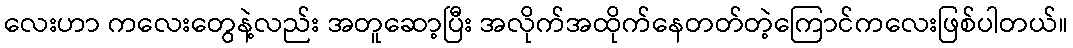
လေးဟာ ကလေးတွေနဲ့လည်း အတူဆော့ပြီး အလိုက်အထိုက်နေတတ်တဲ့ကြောင်ကလေးဖြစ်ပါတယ်။